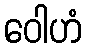
ဝေါဟံ